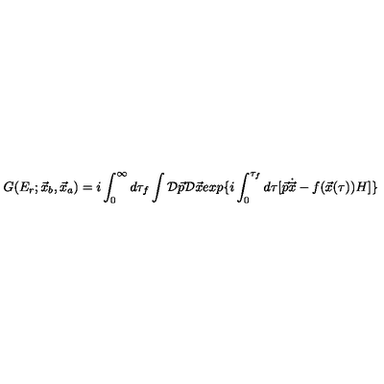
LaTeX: G ( E _ { r } ; \vec { x } _ { b } , \vec { x } _ { a } ) = i \int _ { 0 } ^ { \infty } d \tau _ { f } \int { \cal D } \vec { p } { \cal D } \vec { x } e x p \{ i \int _ { 0 } ^ { \tau _ { f } } d \tau [ \vec { p } \dot { \vec { x } } - f ( \vec { x } ( \tau ) ) H ] \}